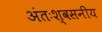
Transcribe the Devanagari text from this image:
अंतःश्वसनीय